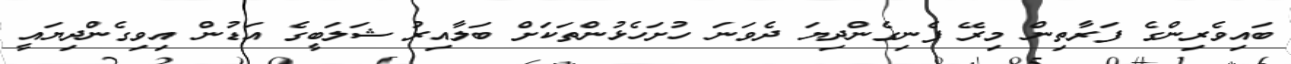
ބައިވެރިންގެ ފަރާތިން މިރޭ ފެނިގެންދިޔަ ދެވަނަ ހުށަހެޅުންތަކަށް ބަލާއިރު ޝަލަބީގެ އަޑުން އިވިގެންދިޔައީ